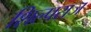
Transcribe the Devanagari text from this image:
शिल्पराज